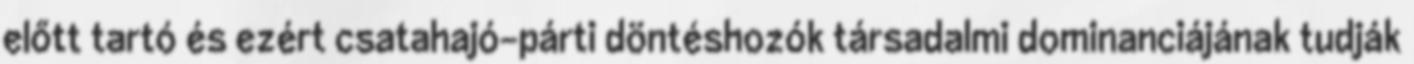
előtt tartó és ezért csatahajó-párti döntéshozók társadalmi dominanciájának tudják